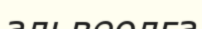
альвеолға